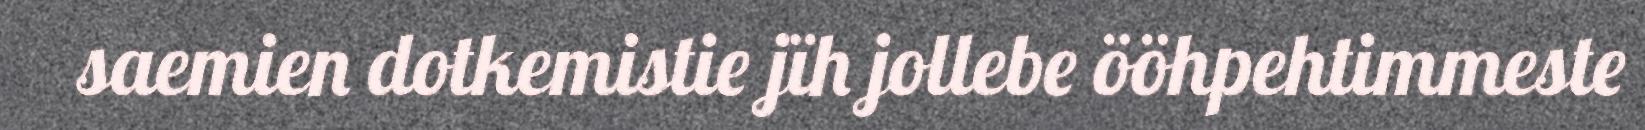
saemien dotkemistie jïh jollebe ööhpehtimmeste